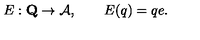
E : \mathbf { Q } \to \mathcal { A } , \qquad E ( q ) = q e .